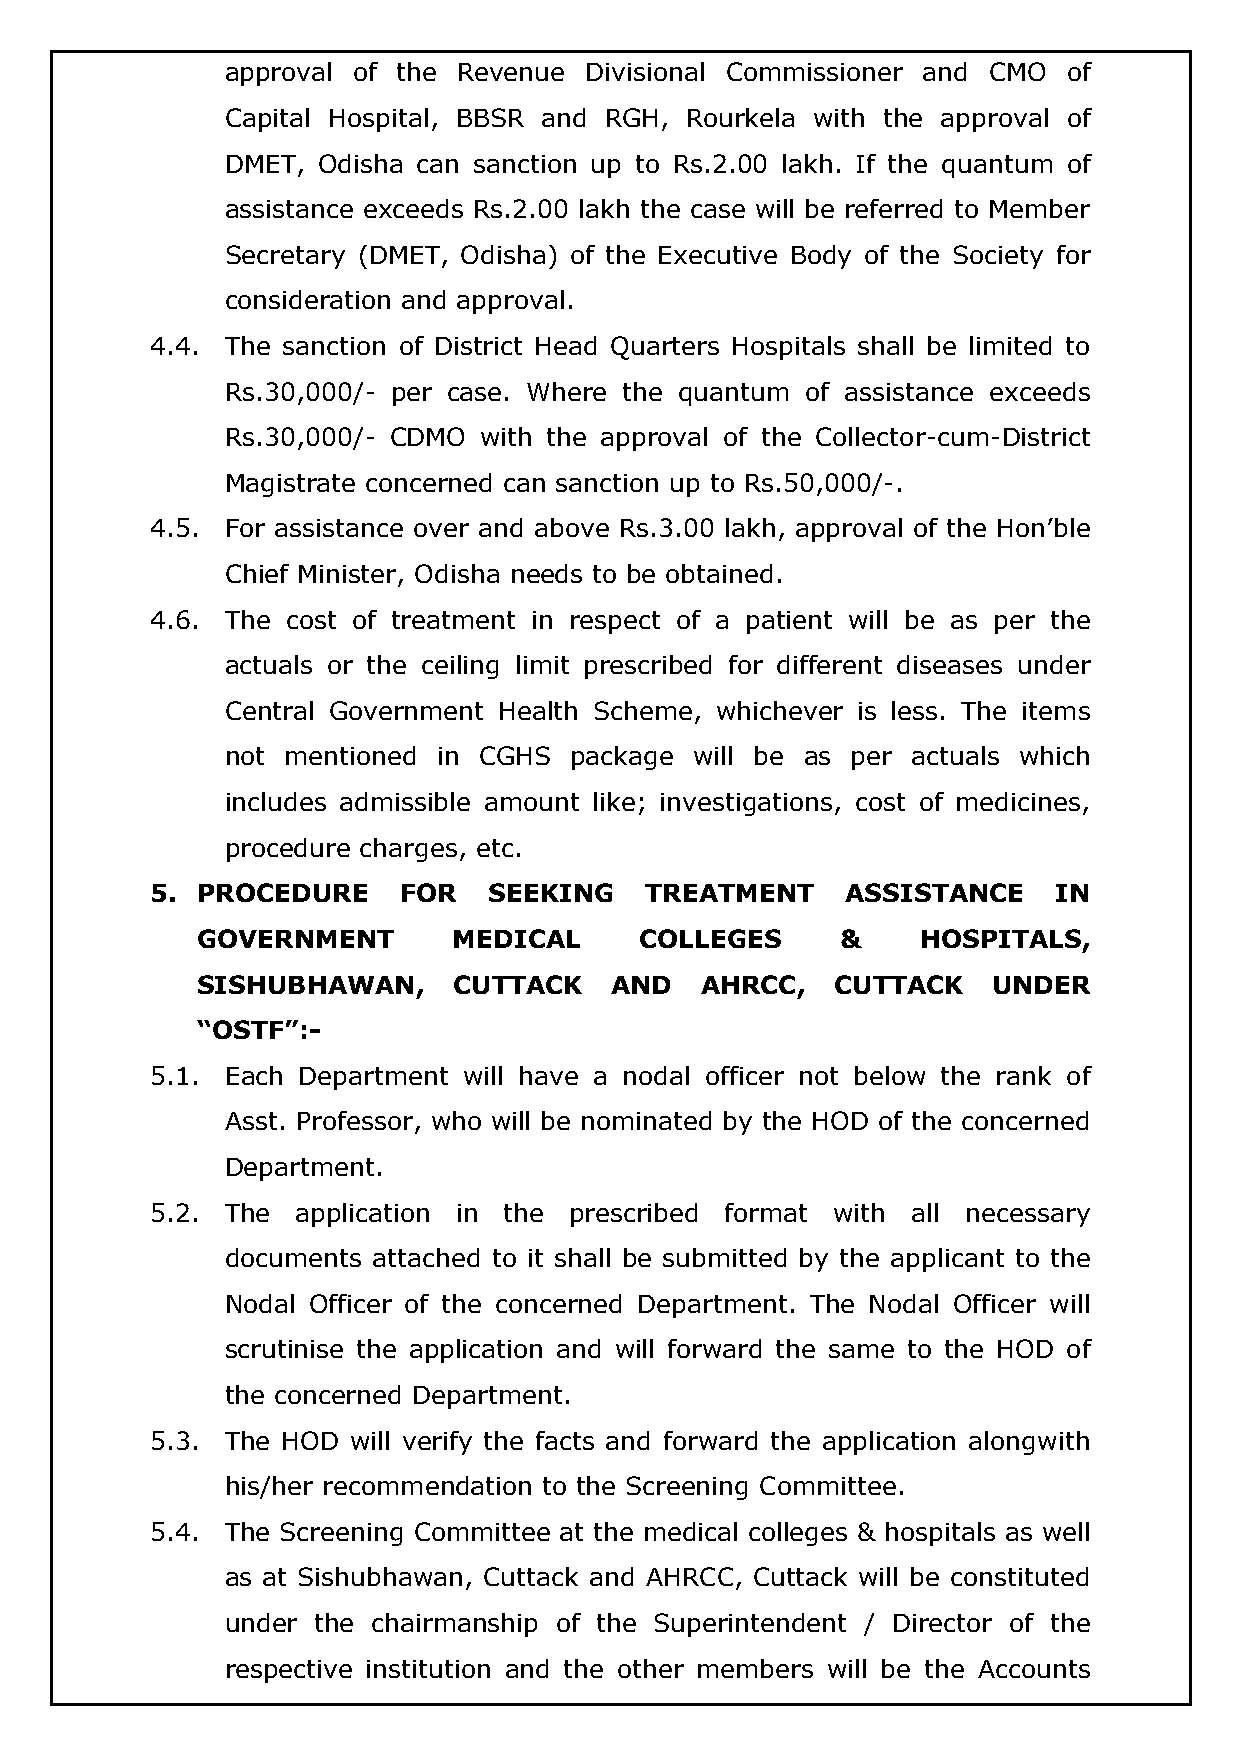
approval of the Revenue Divisional Commissioner and CMO of
 Capital Hospital, BBSR and RGH, Rourkela with the approval of
 DMET, Odisha can sanction up to Rs.2.00 lakh. If the quantum of
 assistance exceeds Rs.2.00 lakh the case will be referred to Member
 Secretary (DMET, Odisha) of the Executive Body of the Society for
 consideration and approval.
 4.4. The sanction of District Head Quarters Hospitals shall be limited to
 Rs.30,000/- per case. Where the quantum of assistance exceeds
 Rs.30,000/- CDMO with the approval of the Collector-cum-District
 Magistrate concerned can sanction up to Rs.50,000/-.
 4.5. For assistance over and above Rs.3.00 lakh, approval of the Hon’ble
 Chief Minister, Odisha needs to be obtained.
 4.6. The cost of treatment in respect of a patient will be as per the
 actuals or the ceiling limit prescribed for different diseases under
 Central Government Health Scheme, whichever is less. The items
 not mentioned in CGHS  package will be as per actuals which
 includes admissible amount like; investigations, cost of medicines,
 procedure charges, etc.
 5. PROCEDURE    FOR   SEEKING    TREATMENT    ASSISTANCE    IN
 GOVERNMENT       MEDICAL     COLLEGES      &    HOSPITALS,
 SISHUBHAWAN,     CUTTACK   AND   AHRCC,   CUTTACK    UNDER
 “OSTF”:-
 5.1. Each Department will have a nodal officer not below the rank of
 Asst. Professor, who will be nominated by the HOD of the concerned
 Department.
 5.2. The  application in the prescribed format with all necessary
 documents attached to it shall be submitted by the applicant to the
 Nodal Officer of the concerned Department. The Nodal Officer will
 scrutinise the application and will forward the same to the HOD of
 the concerned Department.
 5.3. The HOD will verify the facts and forward the application alongwith
 his/her recommendation to the Screening Committee.
 5.4. The Screening Committee at the medical colleges & hospitals as well
 as at Sishubhawan, Cuttack and AHRCC, Cuttack will be constituted
 under the chairmanship of the Superintendent / Director of the
 respective institution and the other members will be the Accounts